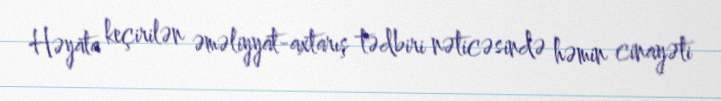
Həyata keçirilən əməliyyat-axtarış tədbiri nəticəsində həmin cinayəti